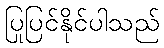
ပြုပြင်နိုင်ပါသည်